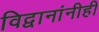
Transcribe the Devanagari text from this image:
विद्वानांनीही